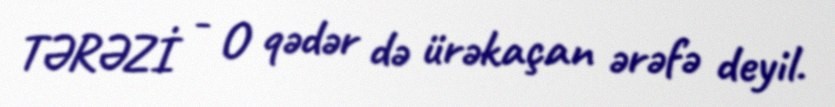
TƏRƏZİ - O qədər də ürəkaçan ərəfə deyil.